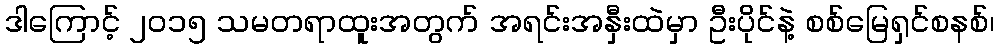
ဒါကြောင့် ၂၀၁၅ သမတရာထူးအတွက် အရင်းအနှီးထဲမှာ ဦးပိုင်နဲ့ စစ်မြေရှင်စနစ်၊